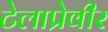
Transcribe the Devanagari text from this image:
टेलाप्रेवीर